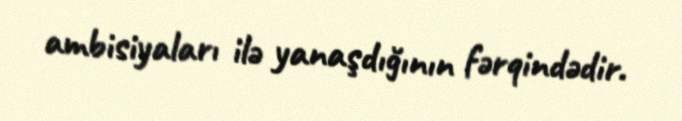
ambisiyaları ilə yanaşdığının fərqindədir.